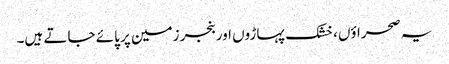
یہ صحراؤں، خشک پہاڑوں اور بنجر زمین پر پائے جاتے ہیں۔